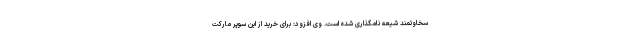
سخاوتمند شیعه نامگذاری شده است. وی افزود: برای خرید از این سوپر مارکت